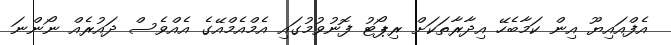
އެފްއައިޔޫ އިން ކަމާބެހޭ އިދާރާތަކަށް ރިޕޯޓު ފޮނުވުމުގައި އެމްއެމްއޭގެ އެއްވެސް ދައުރެއް ނޯންނަ